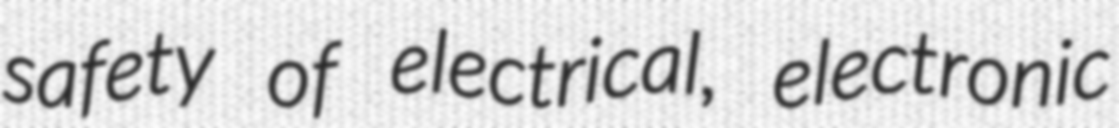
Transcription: safety of electrical, electronic